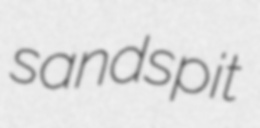
sandspit